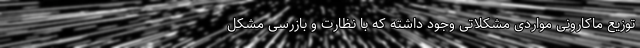
توزیع ماکارونی مواردی مشکلاتی وجود داشته که با نظارت و بازرسی مشکل